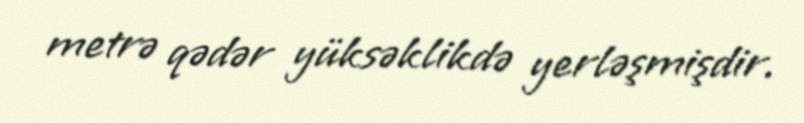
metrə qədər yüksəklikdə yerləşmişdir.